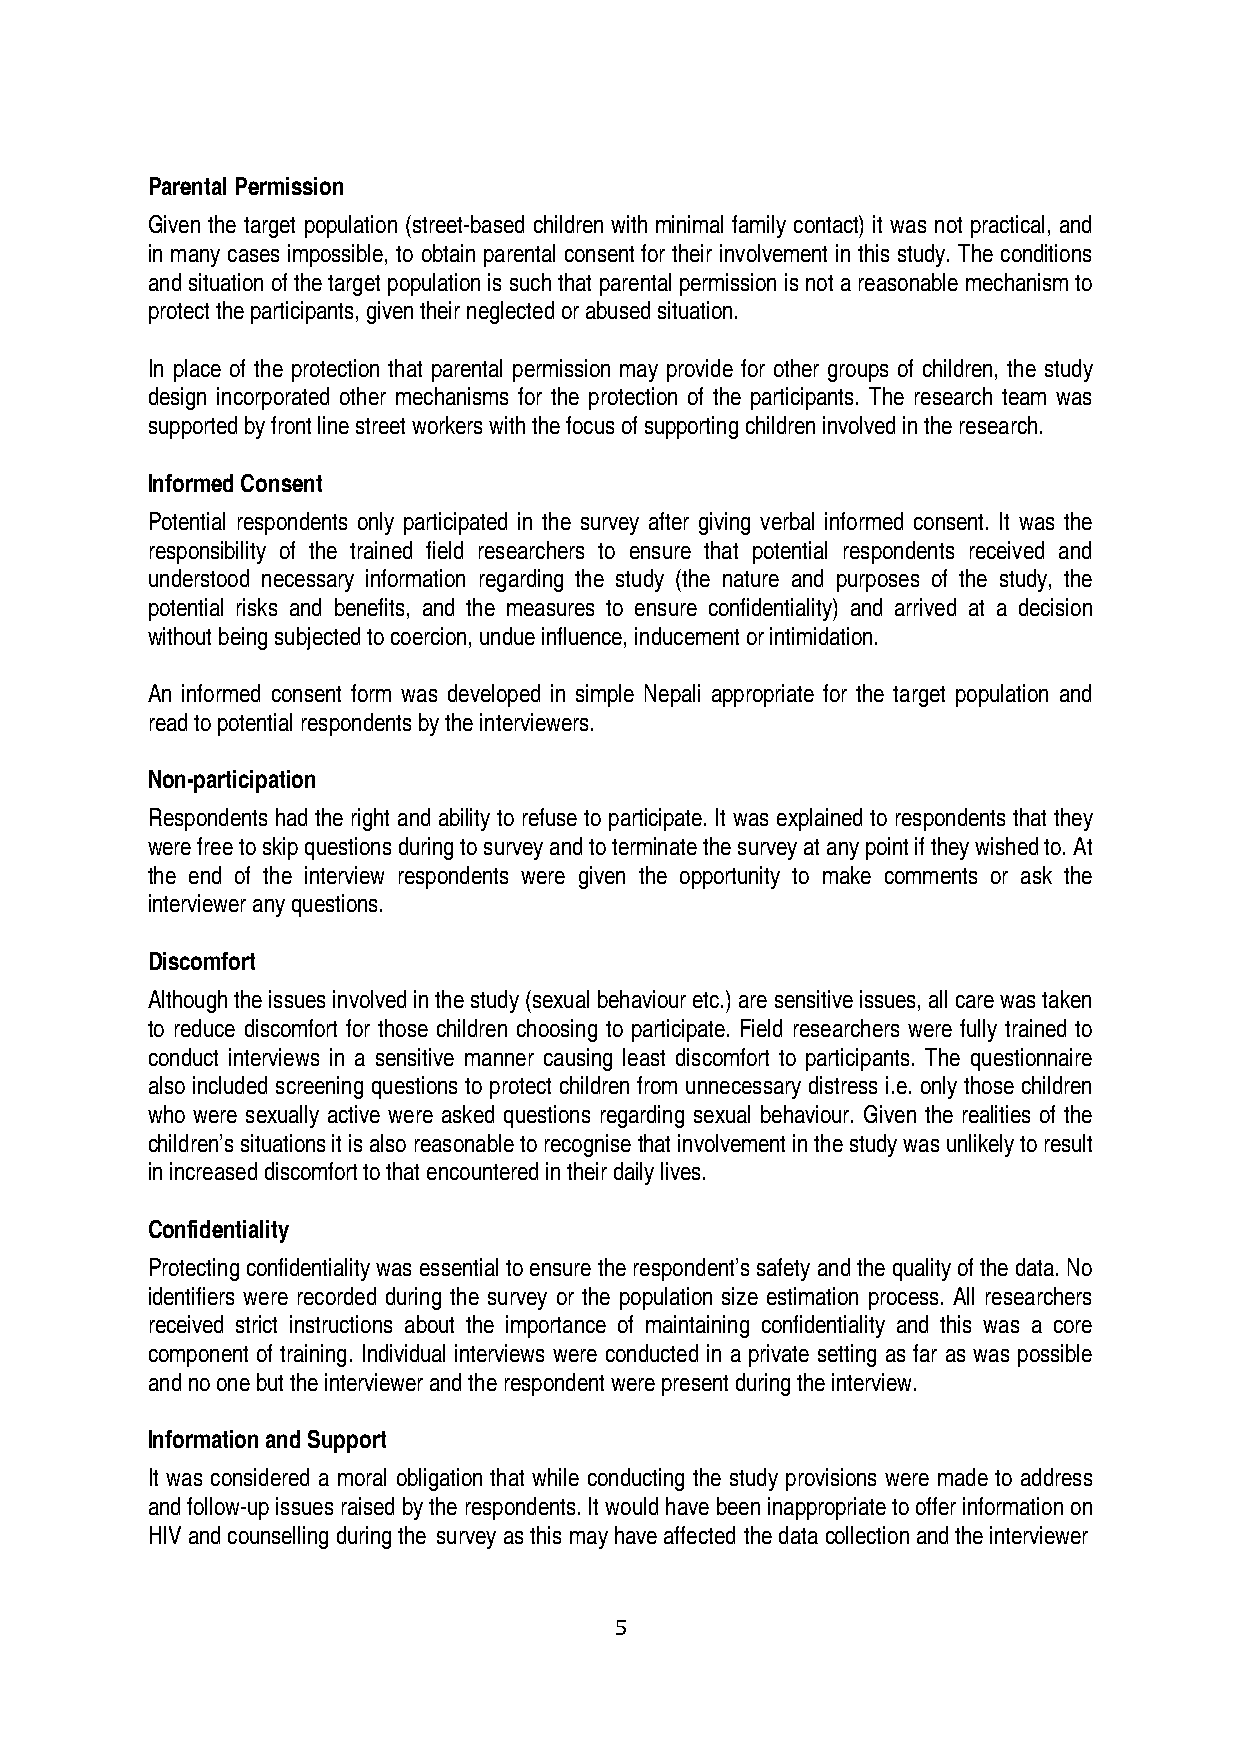
Parental Permission
 Given the target population (street-based children with minimal family contact) it was not practical, and
 in many cases impossible, to obtain parental consent for their involvement in this study. The conditions
 and situation of the target population is such that parental permission is not a reasonable mechanism to
 protect the participants, given their neglected or abused situation.
 In place of the protection that parental permission may provide for other groups of children, the study
 design incorporated other mechanisms for the protection of the participants. The research team was
 supported by front line street workers with the focus of supporting children involved in the research.
 Informed Consent
 Potential respondents only participated in the survey after giving verbal informed consent. It was the
 responsibility of the trained field researchers to ensure that potential respondents received and
 understood necessary information regarding the study (the nature and purposes of the study, the
 potential risks and benefits, and the measures to ensure confidentiality) and arrived at a decision
 without being subjected to coercion, undue influence, inducement or intimidation.
 An informed consent form was developed in simple Nepali appropriate for the target population and
 read to potential respondents by the interviewers.
 Non-participation
 Respondents had the right and ability to refuse to participate. It was explained to respondents that they
 were free to skip questions during to survey and to terminate the survey at any point if they wished to. At
 the end of the interview respondents were given the opportunity to make comments or ask the
 interviewer any questions.
 Discomfort
 Although the issues involved in the study (sexual behaviour etc.) are sensitive issues, all care was taken
 to reduce discomfort for those children choosing to participate. Field researchers were fully trained to
 conduct interviews in a sensitive manner causing least discomfort to participants. The questionnaire
 also included screening questions to protect children from unnecessary distress i.e. only those children
 who were sexually active were asked questions regarding sexual behaviour. Given the realities of the
 children’s situations it is also reasonable to recognise that involvement in the study was unlikely to result
 in increased discomfort to that encountered in their daily lives.
 Confidentiality
 Protecting confidentiality was essential to ensure the respondent’s safety and the quality of the data. No
 identifiers were recorded during the survey or the population size estimation process. All researchers
 received strict instructions about the importance of maintaining confidentiality and this was a core
 component of training. Individual interviews were conducted in a private setting as far as was possible
 and no one but the interviewer and the respondent were present during the interview.
 Information and Support
 It was considered a moral obligation that while conducting the study provisions were made to address
 and follow-up issues raised by the respondents. It would have been inappropriate to offer information on
 HIV and counselling during the survey as this may have affected the data collection and the interviewer
 5